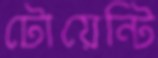
টোয়েন্টি